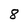
Character: 8